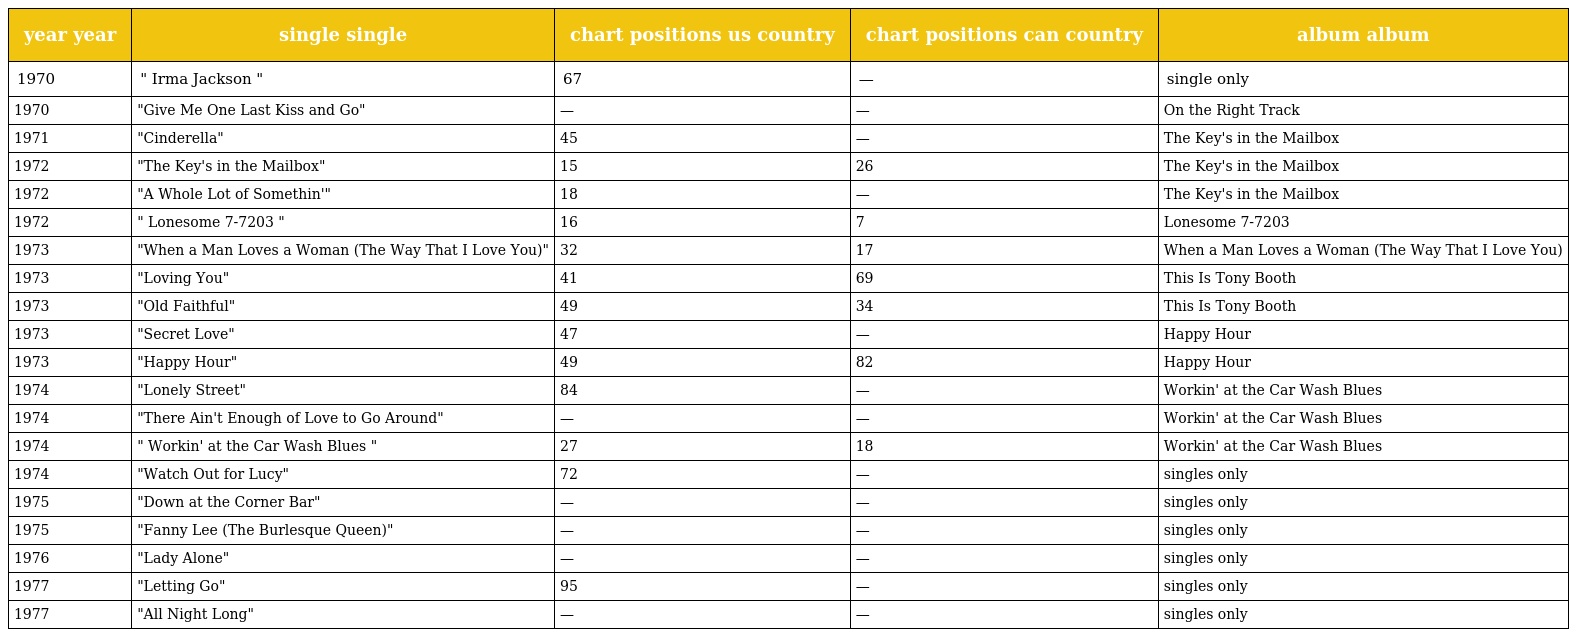
| year year | single single | chart positions us country | chart positions can country | album album |
 | --- | --- | --- | --- | --- |
 | 1970 | " Irma Jackson " | 67 | — | single only |
 | 1970 | "Give Me One Last Kiss and Go" | — | — | On the Right Track |
 | 1971 | "Cinderella" | 45 | — | The Key's in the Mailbox |
 | 1972 | "The Key's in the Mailbox" | 15 | 26 | The Key's in the Mailbox |
 | 1972 | "A Whole Lot of Somethin'" | 18 | — | The Key's in the Mailbox |
 | 1972 | " Lonesome 7-7203 " | 16 | 7 | Lonesome 7-7203 |
 | 1973 | "When a Man Loves a Woman (The Way That I Love You)" | 32 | 17 | When a Man Loves a Woman (The Way That I Love You) |
 | 1973 | "Loving You" | 41 | 69 | This Is Tony Booth |
 | 1973 | "Old Faithful" | 49 | 34 | This Is Tony Booth |
 | 1973 | "Secret Love" | 47 | — | Happy Hour |
 | 1973 | "Happy Hour" | 49 | 82 | Happy Hour |
 | 1974 | "Lonely Street" | 84 | — | Workin' at the Car Wash Blues |
 | 1974 | "There Ain't Enough of Love to Go Around" | — | — | Workin' at the Car Wash Blues |
 | 1974 | " Workin' at the Car Wash Blues " | 27 | 18 | Workin' at the Car Wash Blues |
 | 1974 | "Watch Out for Lucy" | 72 | — | singles only |
 | 1975 | "Down at the Corner Bar" | — | — | singles only |
 | 1975 | "Fanny Lee (The Burlesque Queen)" | — | — | singles only |
 | 1976 | "Lady Alone" | — | — | singles only |
 | 1977 | "Letting Go" | 95 | — | singles only |
 | 1977 | "All Night Long" | — | — | singles only |